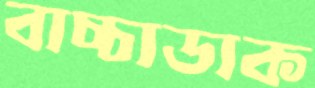
বাচ্চাডাক